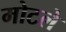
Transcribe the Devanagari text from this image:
मोटले